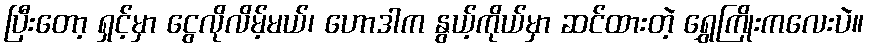
ပြီးတော့ ရှင့်မှာ ငွေလိုလိမ့်မယ်၊ ဟောဒါက နွယ့်ကိုယ်မှာ ဆင်ထားတဲ့ ရွှေကြိုးကလေးပဲ။